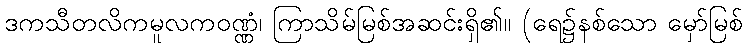
ဒကသီတလိကမူလကဝဏ္ဏံ၊ ကြာသိမ်မြစ်အဆင်းရှိ၏။ (ရေ၌နစ်သော မှော်မြစ်